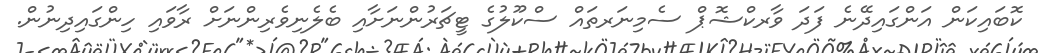
ކޮބައިކަން އަންގައިދޭނެ ފަދަ ވާރކްޝޮޕް ސެމިނަރތައް ސްކޫލުގެ ޓީޗަރުންނަށާއި ބެލެނިވެރިންނަށް ރާވައި ހިންގައިދިނުން.